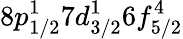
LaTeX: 8p_{1/2}^{1}7d_{3/2}^{1}6f_{5/2}^{4}